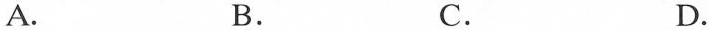
A. B. C. D.